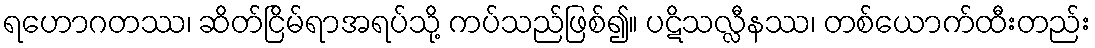
ရဟောဂတဿ၊ ဆိတ်ငြိမ်ရာအရပ်သို့ ကပ်သည်ဖြစ်၍။ ပဋိသလ္လီနဿ၊ တစ်ယောက်ထီးတည်း